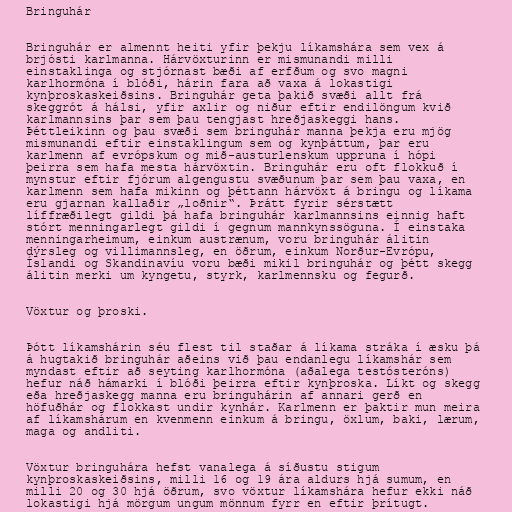
Bringuhár

Bringuhár er almennt heiti yfir þekju líkamshára sem vex á
brjósti karlmanna. Hárvöxturinn er mismunandi milli
einstaklinga og stjórnast bæði af erfðum og svo magni
karlhormóna í blóði, hárin fara að vaxa á lokastigi
kynþroskaskeiðsins. Bringuhár geta þakið svæði allt frá
skeggrót á hálsi, yfir axlir og niður eftir endilöngum kvið
karlmannsins þar sem þau tengjast hreðjaskeggi hans.
Þéttleikinn og þau svæði sem bringuhár manna þekja eru mjög
mismunandi eftir einstaklingum sem og kynþáttum, þar eru
karlmenn af evrópskum og mið-austurlenskum uppruna í hópi
þeirra sem hafa mesta hárvöxtin. Bringuhár eru oft flokkuð í
mynstur eftir fjórum algengustu svæðunum þar sem þau vaxa, en
karlmenn sem hafa mikinn og þéttann hárvöxt á bringu og líkama
eru gjarnan kallaðir „loðnir“. Þrátt fyrir sérstætt
líffræðilegt gildi þá hafa bringuhár karlmannsins einnig haft
stórt menningarlegt gildi í gegnum mannkynssöguna. Í einstaka
menningarheimum, einkum austrænum, voru bringuhár álitin
dýrsleg og villimannsleg, en öðrum, einkum Norður-Evrópu,
Íslandi og Skandinavíu voru bæði mikil bringuhár og þétt skegg
álitin merki um kyngetu, styrk, karlmennsku og fegurð.

Vöxtur og þroski.

Þótt líkamshárin séu flest til staðar á líkama stráka í æsku þá
á hugtakið bringuhár aðeins við þau endanlegu líkamshár sem
myndast eftir að seyting karlhormóna (aðalega testósteróns)
hefur náð hámarki í blóði þeirra eftir kynþroska. Líkt og skegg
eða hreðjaskegg manna eru bringuhárin af annari gerð en
höfuðhár og flokkast undir kynhár. Karlmenn er þaktir mun meira
af líkamshárum en kvenmenn einkum á bringu, öxlum, baki, lærum,
maga og andliti.

Vöxtur bringuhára hefst vanalega á síðustu stigum
kynþroskaskeiðsins, milli 16 og 19 ára aldurs hjá sumum, en
milli 20 og 30 hjá öðrum, svo vöxtur líkamshára hefur ekki náð
lokastigi hjá mörgum ungum mönnum fyrr en eftir þrítugt.